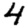
Digit: 4